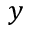
y